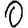
Digit: 0